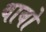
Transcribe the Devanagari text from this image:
बाबो